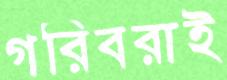
গরিবরাই